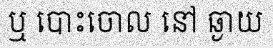
ឬ បោះចោល នៅ ឆ្ងាយ